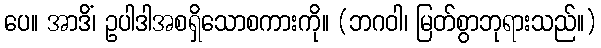
ပေ။ အာဒိံ၊ ဥပါဒါအစရှိသောစကားကို။ (ဘဂဝါ၊ မြတ်စွာဘုရားသည်။)